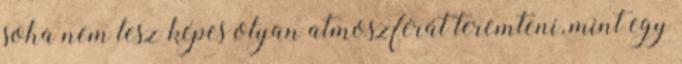
soha nem lesz képes olyan atmoszférát teremteni, mint egy